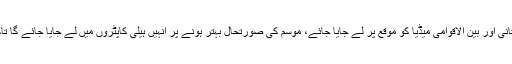
وزیر خارجہ شاہ محمود قریشی نے کہا کہ اجلاس میں فیصلہ کیا گیا کہ پاکستانی اور بین الاقوامی میڈیا کو موقع پر لے جایا جائے، موسم کی صورتحال بہتر ہونے پر انہیں ہیلی کاپٹروں میں لے جایا جائے گا تاکہ وہ خود جائے وقوعہ کو دیکھیں اور بھارتی پروپیگنڈے کو بے نقاب کریں۔